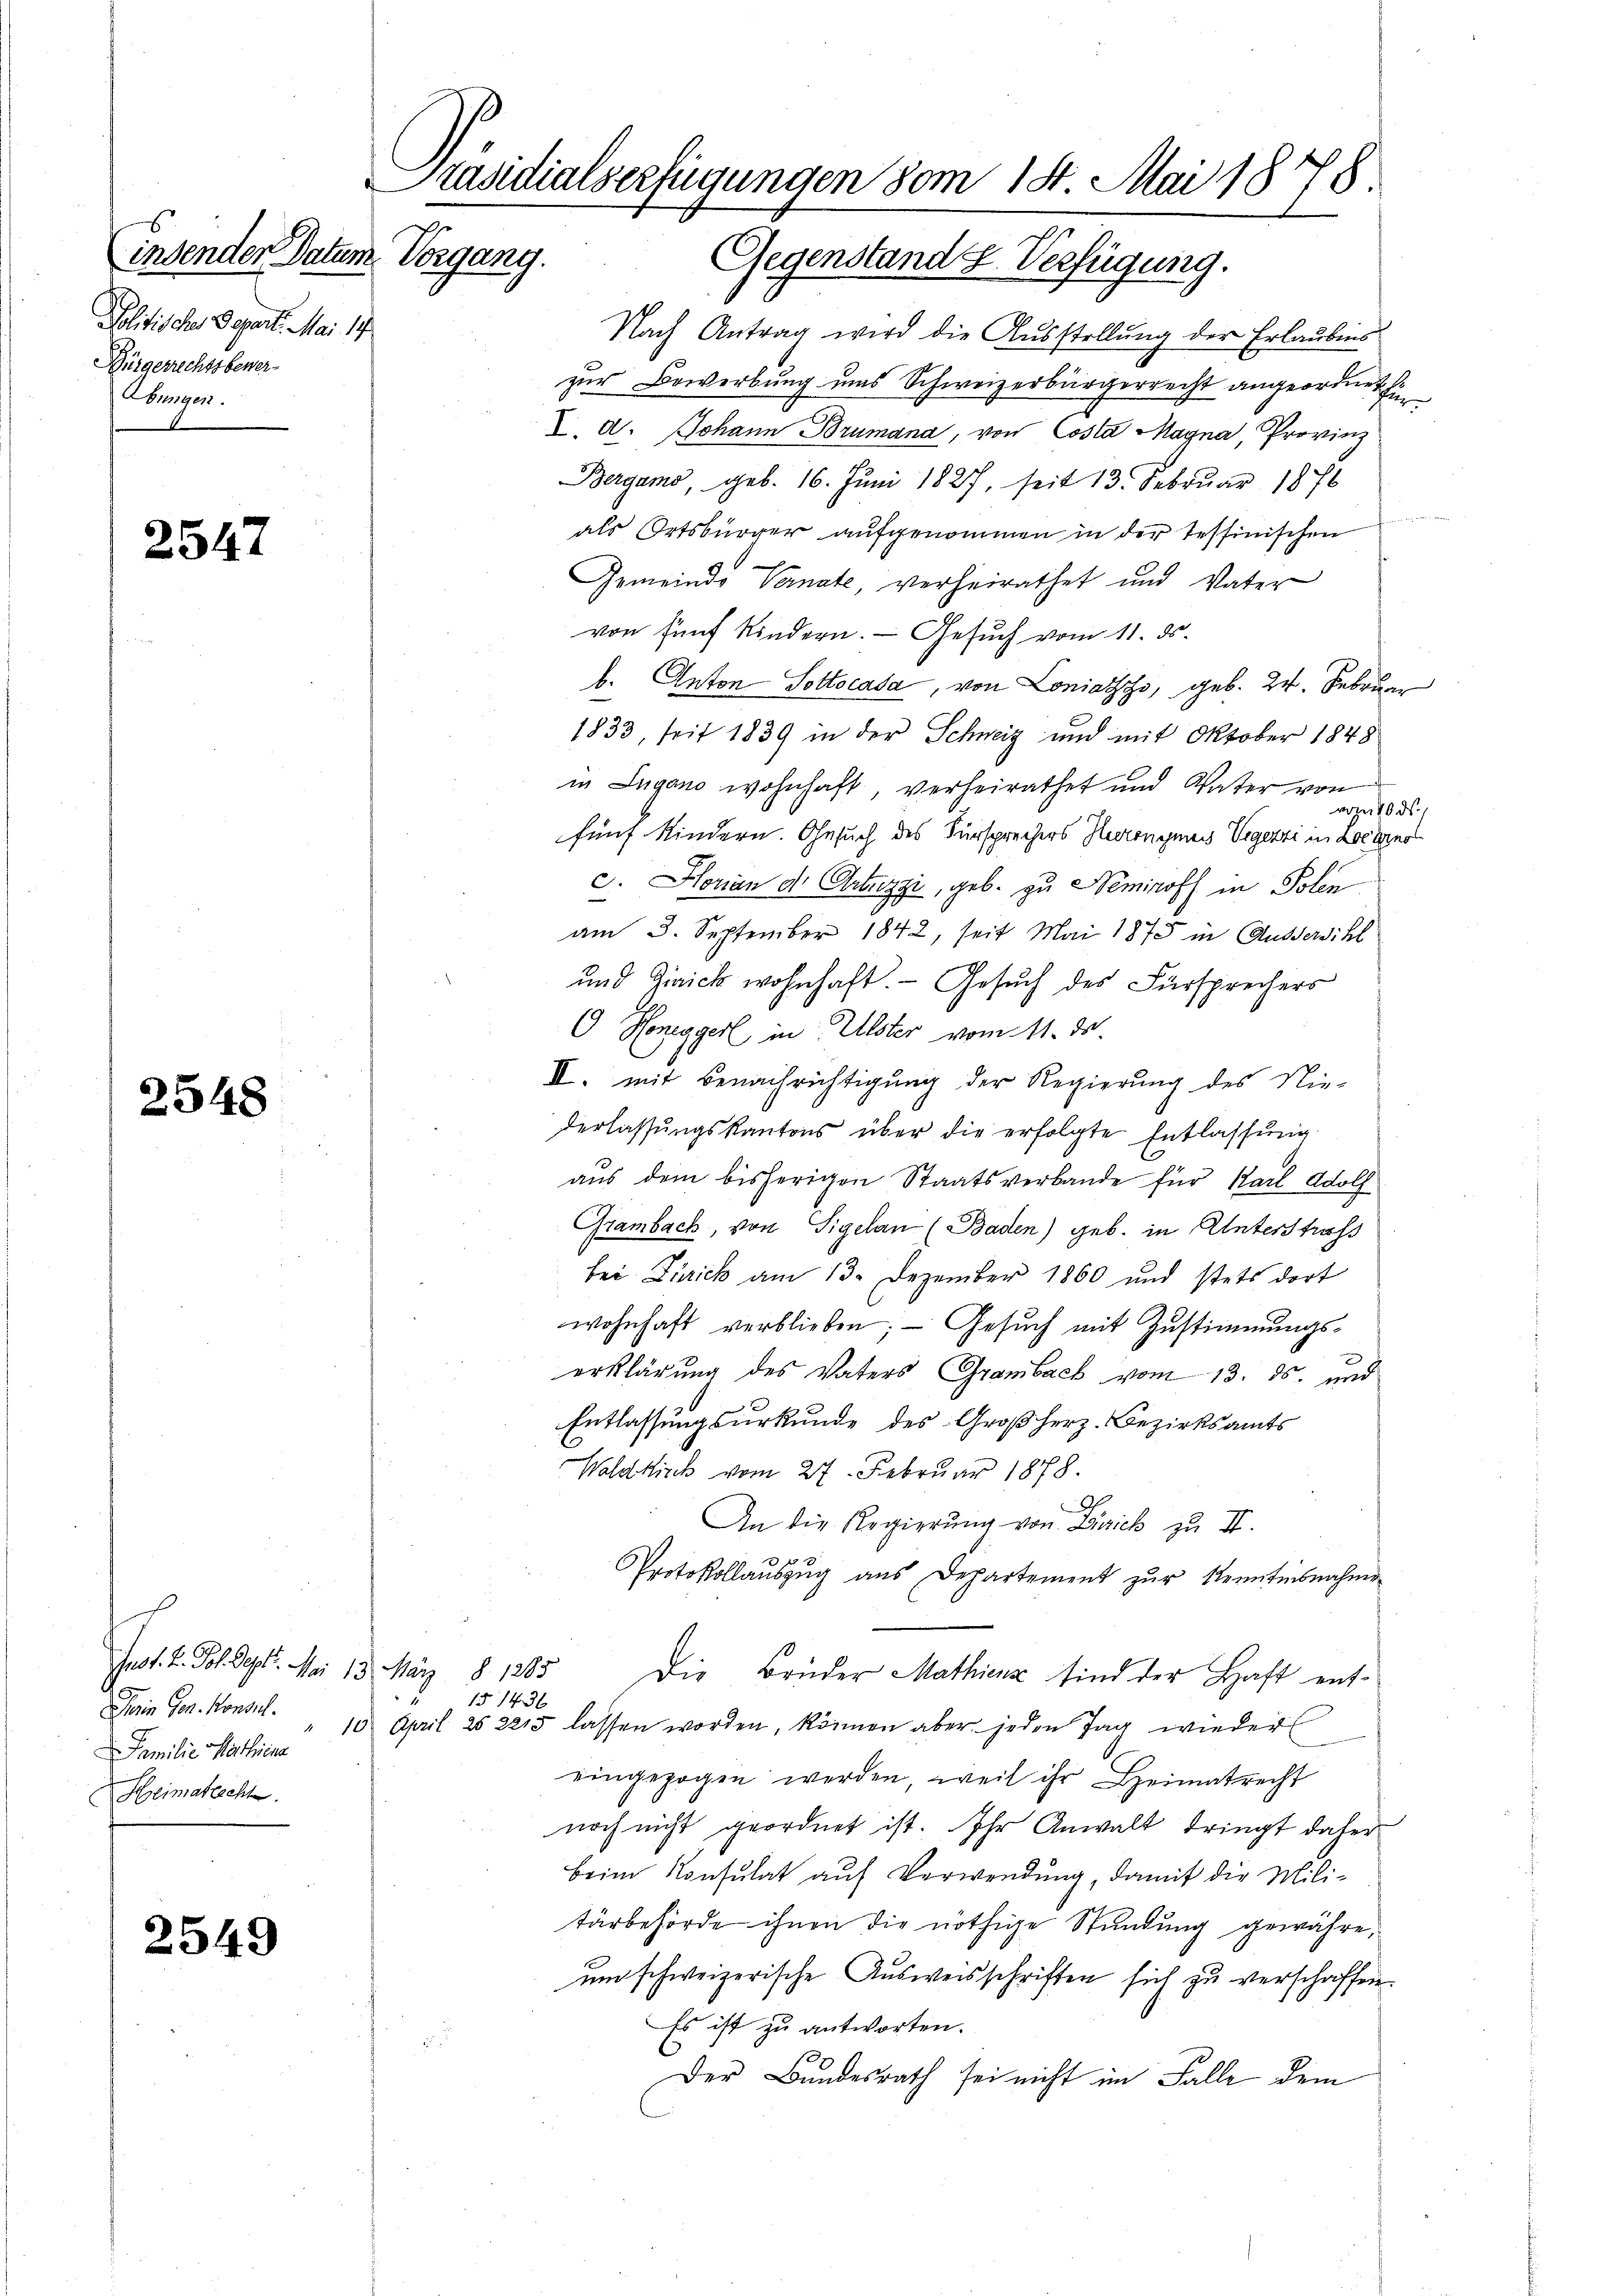
2547

2548

2549

Präsidialserfügungen vom 18. Mai 1878.
Gegenstand 2. Verfügung.

insender Datum Vorgang.
Politisches Depart. Mai 17
Bürgerrechtsbewer¬
Bungen.

Just. 2. Schlegt. Am 13. März 8. 1285
Dein Ger. Konsul
Familie Marthiena
Heimatrecht

Nach Antrag wird die Ausstellung der Erlaubnis
zur Bewerbung uns Schweizerbürgerrecht angeordnet hi
X. d. Johann Brumana, von Costa Magna, Provinz
Bergamo, geb. 16. Juni 1827, seit 13. Februar 1876
als Ortsbürger aufgenommen in der Tessinischen
Gemeinde Vernate, verheirathet und Vater
von fünf Kindern. Gesuch vom 11. ds.
b. Anton Pottocasa, von Loniazzo, geb. 24. Februar
1833, seit 1839 in der Schweiz und mit Oktober 1848
in Lugano wohnhaft, verheirathet und Vater von
vom 16. ds.
fünf Kindern. Gesuch des Fürsprechers Heronymes Vegezzi in Locarno
c. Horan der Antrizzi, geb. zu Nemiroff in Polen
am 5. September 1842, seit Mai 1875 in Aussersihl
und Zirick wohnhaft. - Gesuch des Fürsprechers
 Honeggerl in Uster vom 11. ds.
II. mit Benachrichtigung der Regierung des Nie-
derlassŭngskantons über die erfolgte Entlassung
aus dem bisherigen Staatsverbande für Karl Wolf
Grambach, von Sigelan (Baden) geb. in Unterstrafs
bei Zürich am 13. Dezember 1860 und stets dort
wohnhaft verblieben; — Gesuch mit Zustimmungserklärung des Vaters Grambach vom 13. ds. und
Entlassungsurkunde des Großherz-Bezirksamts
Waldkirch vom 27. Februar 1878.
h
An die Regierung von Dirick zu II.
Protokollauszug aus Departement zur Kenntnisnahme
Die Brüder Mathienz sind der Haft ent¬
u
151436
10. April 252215 lassen worden, können aber jeden Tag wieder
eingezogen werden, weil ihr Heimatrecht
noch nicht geordnet ist. Ihr Anwalt dringt daher
Beim Konsulat auf Verwendung, damit die Mili-
tärbehörde ihnen die nöthige Stundung gewähre,
um schweizerische Ausweisschriften sich zu verschaffen.
Es ist zu antworten.
Der Bundesrath sei nicht im Falle dem